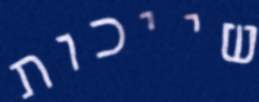
שייכות